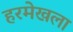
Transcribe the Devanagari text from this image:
हरमेखला